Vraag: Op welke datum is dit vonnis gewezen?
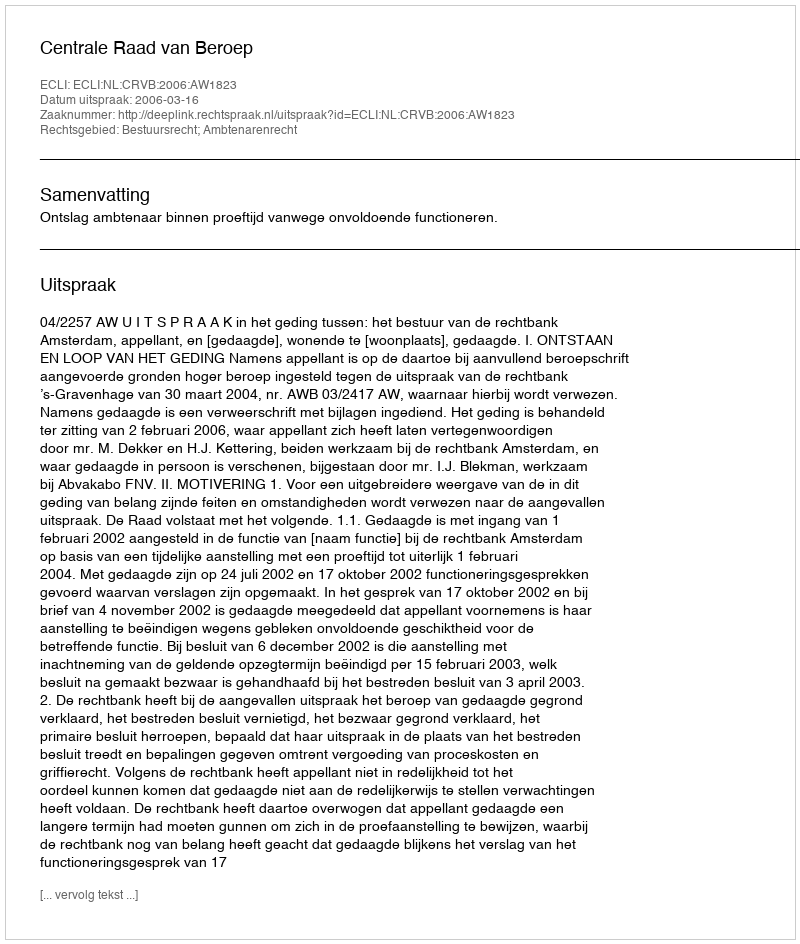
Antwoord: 2006-03-16